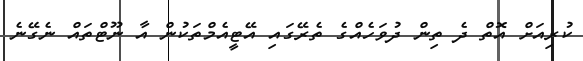
ކުރިއަށް އޮތް ދެ ތިން ދުވަހެއްގެ ތެރޭގައި އޭޓީއެމްތަކުން އާ ނޫޓްތައް ނެގޭނެ